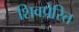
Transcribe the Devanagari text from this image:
शिवप्रेरित